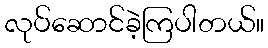
လုပ်ဆောင်ခဲ့ကြပါတယ်။